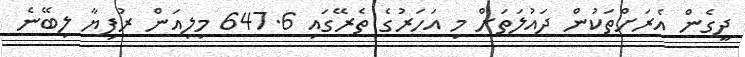
ދީގެން އެރަށްތަކުން ދައުލަތަށް މި އަހަރުގެ ތެރޭގައި 647.6 މިލިއަން ރުފިޔާ ލިބޭނެ